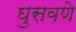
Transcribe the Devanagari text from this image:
घुसवणे